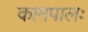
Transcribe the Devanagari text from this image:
कामपालः